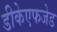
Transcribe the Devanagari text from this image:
डीकेएफजेड